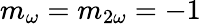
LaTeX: m_{\omega}=m_{2\omega}=-1